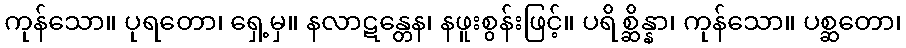
ကုန်သော။ ပုရတော၊ ရှေ့မှ။ နလာဋန္တေန၊ နဖူးစွန်းဖြင့်။ ပရိစ္ဆိန္နာ၊ ကုန်သော။ ပစ္ဆတော၊